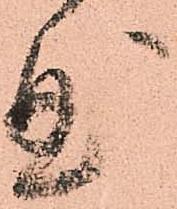
曲